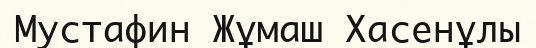
Мустафин Жұмаш Хасенұлы